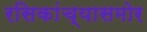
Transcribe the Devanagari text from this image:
रसिकांच्यासमोर